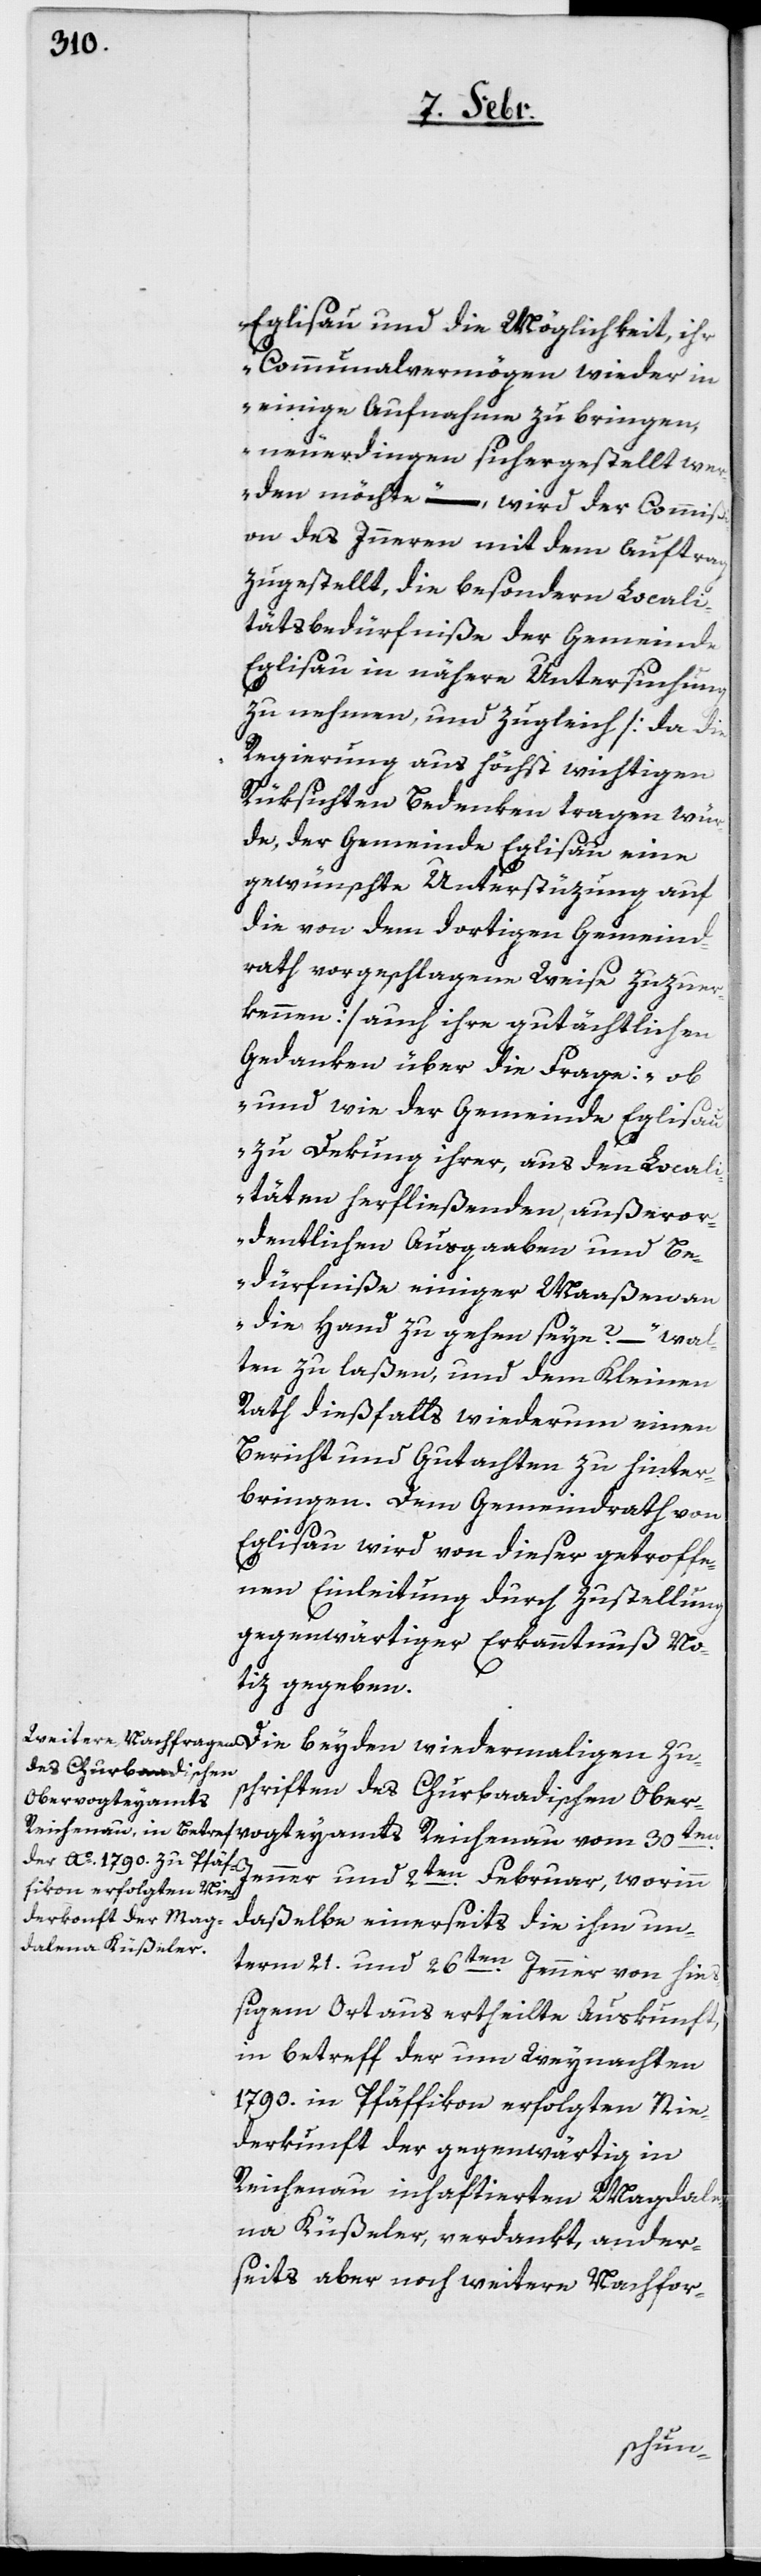
Eglisau und die Möglichkeit, ihr
Communalvermögen wieder in
einige Aufnahme zu bringen,
neuerdingen sichergestellt we¬
rden möchte“ – wird der Commißi¬
on des Innern mit dem Auftrag
zugestellt, die besondern Locali¬
tätsbedürfniße der Gemeinde
Eglisau in nähere Untersuchung
zu nehmen, und zugleich [da die
Regierung aus höchst wichtigen
Rüksichten Bedenken tragen wür¬
de, der Gemeinde Eglisau eine
gewünschte Unterstüzung auf
die von dem dortigen Gemeind¬
rath vorgeschlagene Weise zuzuer¬
kennen] auch ihre gutächtlichen
Gedanken über die Frage: „ob
und wie der Gemeinde Eglisa¬
u zu Dekung ihrer, aus den Locali¬
täten herfließenden, außeror¬
dentlichen Ausgaaben und Be¬
dürfniße einiger Maaßen an
die Hand zu gehen seye?“ – wal¬
ten zu laßen, und dem Kleinen
Rath dießfalls wiederum einen
Bericht und Gutachten zu hinter¬
bringen. Dem Gemeindrath von
Eglisau wird von dieser getroffe¬
nen Einleitung durch Zustellung
gegenwärtiger Erkanntnuß No¬
tiz gegeben.
des Churbaadischen
Obervogteyamts
Jenner und 2ten. Februar, worinn
daßelbe einerseits die ihm un¬
term 21. und 26ten. Jenner von hie¬
ßigen Ort aus ertheilte Auskunft,
in betreff der um Weyhnachten
1790. in Pfäffikon erfolgten Nie¬
derkunft der gegenwärtig in
Reichenau inhaftierten Magdale¬
na Küßeler, verdankt, ander¬
seits aber noch weitere Nachfor-